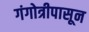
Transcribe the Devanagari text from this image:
गंगोत्रीपासून